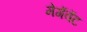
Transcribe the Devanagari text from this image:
मेगॅवॅट